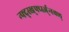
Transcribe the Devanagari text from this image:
न्फ्द्स्ख्र्फ्व्स्ज्न्स्क्ल्